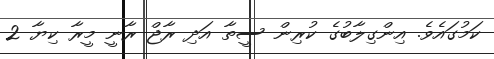
ކަމުގައެވެ. އިންގިލާބުގެ ކުރިން ސީތާ އަދި ރާޖް ރާނީ މީރާ ކިޔާ 2